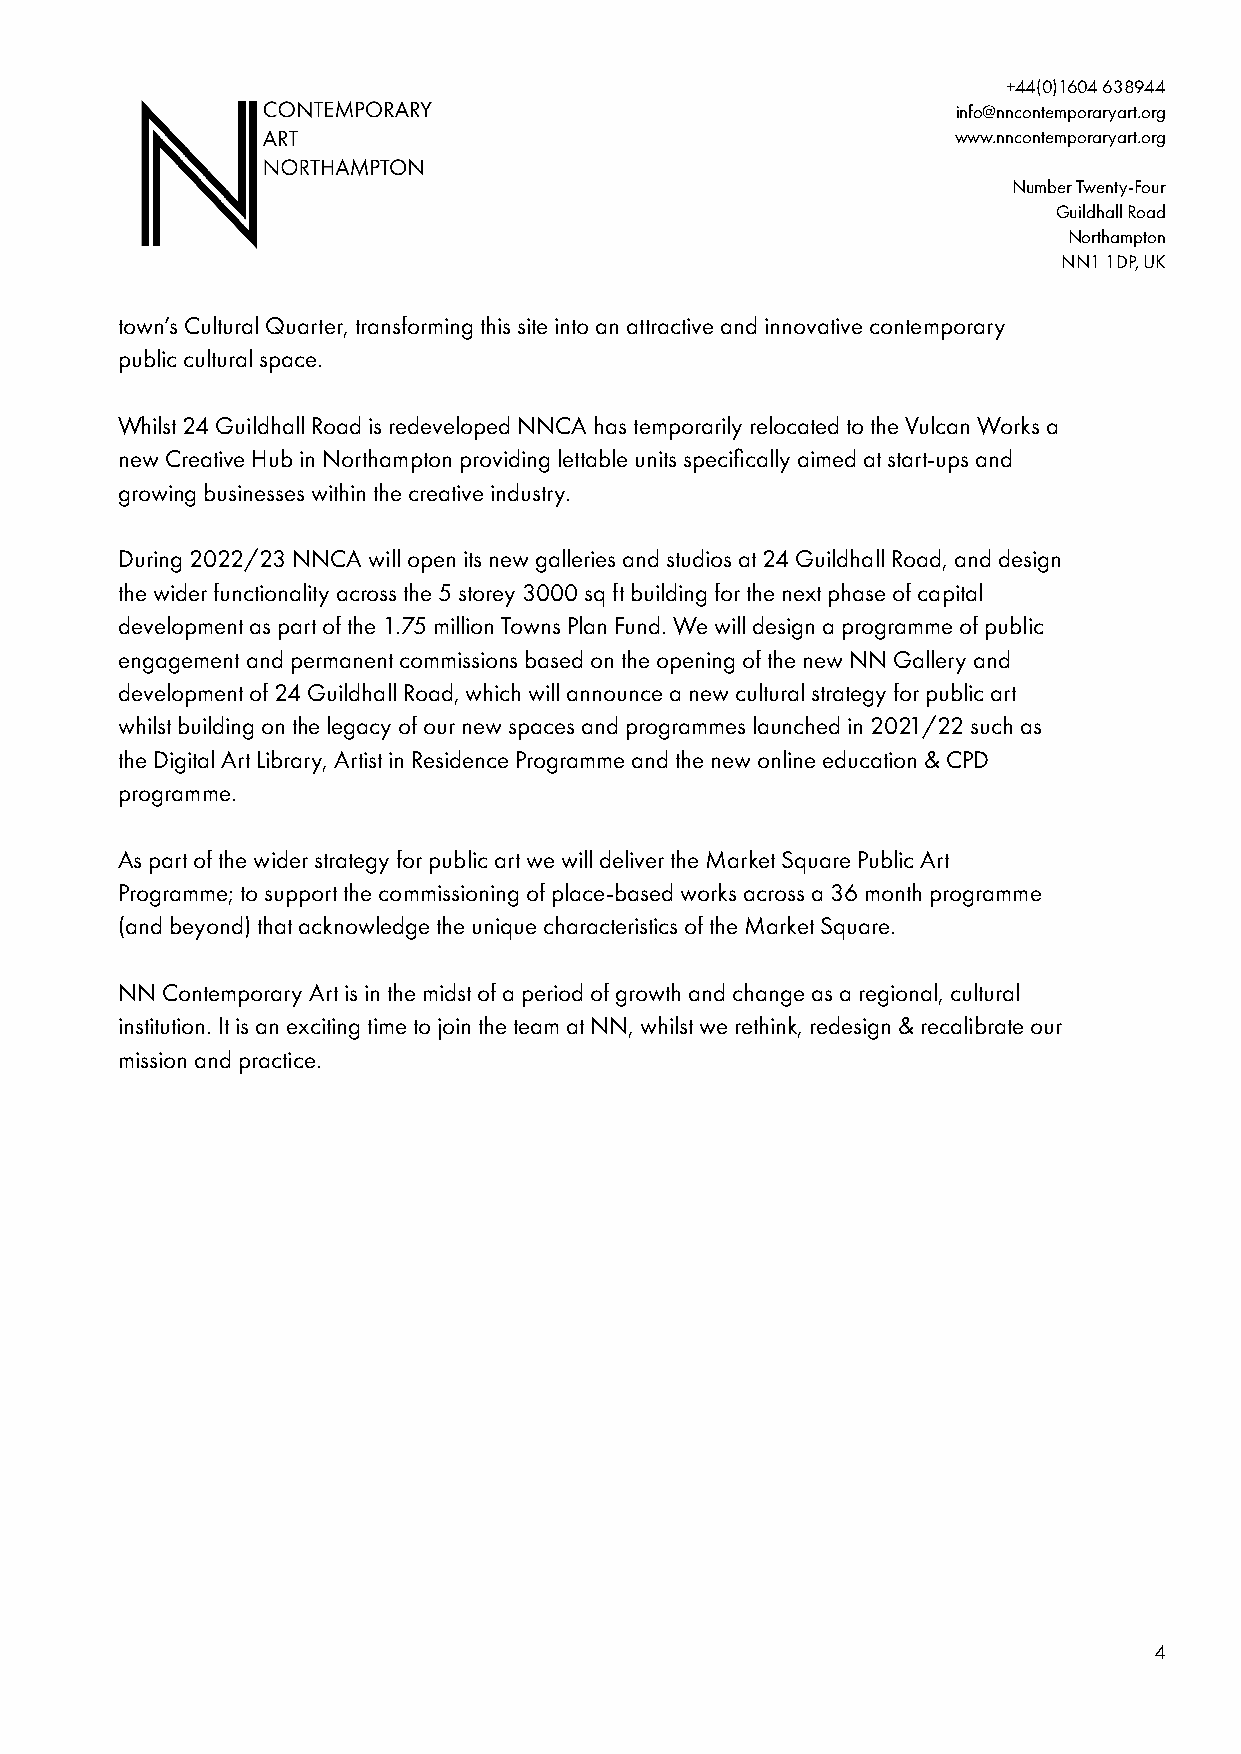
+44(0)1604 638944
 info@nncontemporaryart.org
 www.nncontemporaryart.org
 Number Twenty-Four
 Guildhall Road
 Northampton
 NN1 1DP, UK
 town’s Cultural Quarter, transforming this site into an attractive and innovative contemporary
 public cultural space.
 Whilst 24 Guildhall Road is redeveloped NNCA has temporarily relocated to the Vulcan Works a
 new Creative Hub in Northampton providing lettable units specifically aimed at start-ups and
 growing businesses within the creative industry.
 During 2022/23 NNCA will open its new galleries and studios at 24 Guildhall Road, and design
 the wider functionality across the 5 storey 3000 sq ft building for the next phase of capital
 development as part of the 1.75 million Towns Plan Fund. We will design a programme of public
 engagement and permanent commissions based on the opening of the new NN Gallery and
 development of 24 Guildhall Road, which will announce a new cultural strategy for public art
 whilst building on the legacy of our new spaces and programmes launched in 2021/22 such as
 the Digital Art Library, Artist in Residence Programme and the new online education & CPD
 programme.
 As part of the wider strategy for public art we will deliver the Market Square Public Art
 Programme; to support the commissioning of place-based works across a 36 month programme
 (and beyond) that acknowledge the unique characteristics of the Market Square.
 NN Contemporary Art is in the midst of a period of growth and change as a regional, cultural
 institution. It is an exciting time to join the team at NN, whilst we rethink, redesign & recalibrate our
 mission and practice.
 4